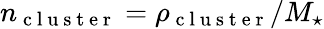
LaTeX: n_{\mathrm{~c~l~u~s~t~e~r~}}=\rho_{\mathrm{~c~l~u~s~t~e~r~}}/M_{\star}